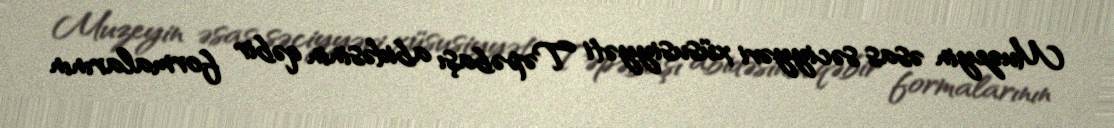
Muzeyin əsas səciyyəvi xüsusiyyəti Təpəbaşı abidəsinin qəbir formalarının